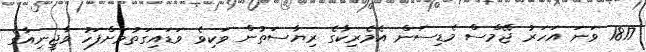
1817 ވަނަ އަހަރު ޖޭމްސް މެޑިސަން އެމެރިކާގެ ރިޔާސަތުން ވަކިވެ ވަޑައިގަތުމަށްފަހު ވާޖީނިއާގެ